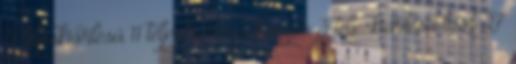
4 teljeskiőrlésű 11 teljeskiőrlésű kenyér 3 teljeskiőrlésű liszt 27